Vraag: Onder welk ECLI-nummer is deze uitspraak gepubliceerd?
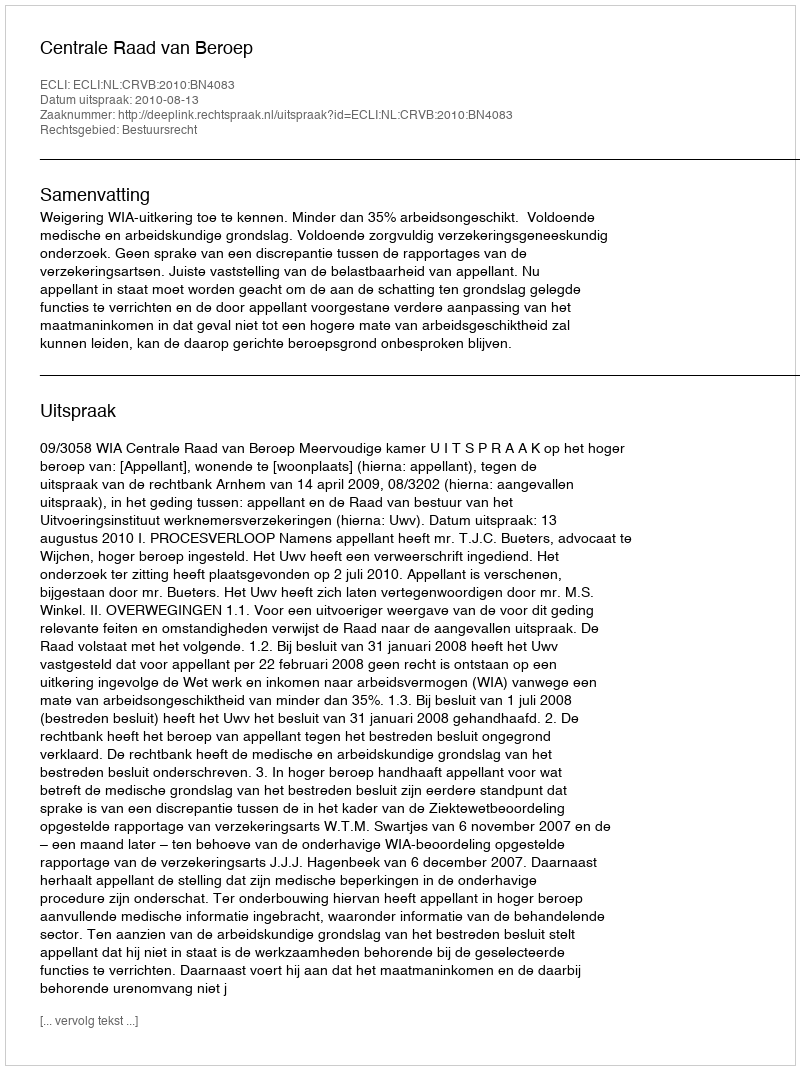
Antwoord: ECLI:NL:CRVB:2010:BN4083